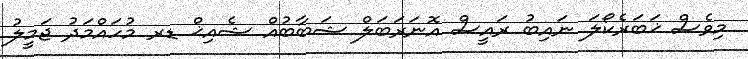
މިވެސް ޚަބަރެކޯލަ ނައިބު ރައީސް އޮނަރަބަލް ޝަބާބުއް ޝެއިޚް ޑރ މުހައްމަދު ޖަމީލު